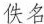
佚名